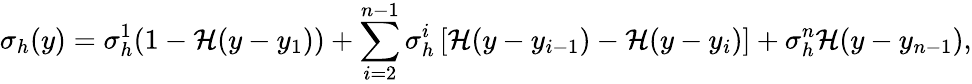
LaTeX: \sigma_{h}(y)=\sigma_{h}^{1}(1-\mathcal{H}(y-y_{1}))+\sum_{i=2}^{n-1}\sigma_{h}^{i}\left[\mathcal{H}(y-y_{i-1})-\mathcal{H}(y-y_{i})\right]+\sigma_{h}^{n}\mathcal{H}(y-y_{n-1}),